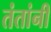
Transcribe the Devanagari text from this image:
तंतांनी